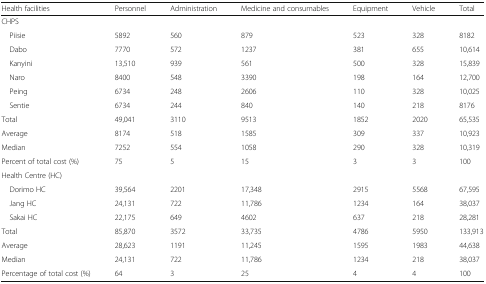
| Health facilities | Personnel | Administration | Medicine and consumables | Equipment | Vehicle | Total |
 | --- | --- | --- | --- | --- | --- | --- |
 | <COLSPAN=7> CHPS |
 | Piisie | 5892 | 560 | 879 | 523 | 328 | 8182 |
 | Dabo | 7770 | 572 | 1237 | 381 | 655 | 10,614 |
 | Kanyini | 13,510 | 939 | 561 | 500 | 328 | 15,839 |
 | Naro | 8400 | 548 | 3390 | 198 | 164 | 12,700 |
 | Peing | 6734 | 248 | 2606 | 110 | 328 | 10,025 |
 | Sentie | 6734 | 244 | 840 | 140 | 218 | 8176 |
 | Total | 49,041 | 3110 | 9513 | 1852 | 2020 | 65,535 |
 | Average | 8174 | 518 | 1585 | 309 | 337 | 10,923 |
 | Median | 7252 | 554 | 1058 | 290 | 328 | 10,319 |
 | Percent of total cost (%) | 75 | 5 | 15 | 3 | 3 | 100 |
 | <COLSPAN=7> Health Centre (HC) |
 | Dorimo HC | 39,564 | 2201 | 17,348 | 2915 | 5568 | 67,595 |
 | Jang HC | 24,131 | 722 | 11,786 | 1234 | 164 | 38,037 |
 | Sakai HC | 22,175 | 649 | 4602 | 637 | 218 | 28,281 |
 | Total | 85,870 | 3572 | 33,735 | 4786 | 5950 | 133,913 |
 | Average | 28,623 | 1191 | 11,245 | 1595 | 1983 | 44,638 |
 | Median | 24,131 | 722 | 11,786 | 1234 | 218 | 38,037 |
 | Percentage of total cost (%) | 64 | 3 | 25 | 4 | 4 | 100 |